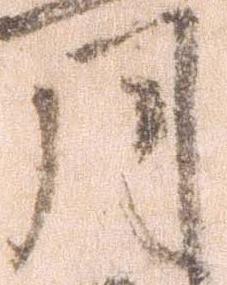
月